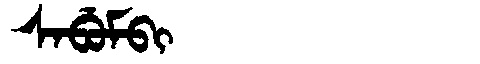
Manchu: ᠰᠠᠪᡠᠮᠪᡳ
Romanization: SABUMBI